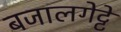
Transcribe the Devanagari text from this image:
बजालगेट्टे